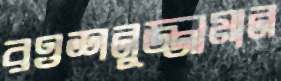
রওশনুজ্জামান